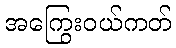
အကြွေးဝယ်ကတ်